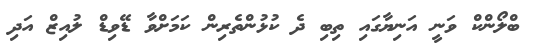
ބްލޯންކް ވަނީ އަނިޔާގައި ތިބި ދެ ކުޅުންތެރިން ކަމަށްވާ ޑޭވިޑް ލުއިޒް އަދި